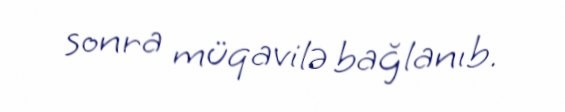
sonra müqavilə bağlanıb.